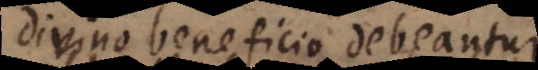
divino beneficio debeantur.